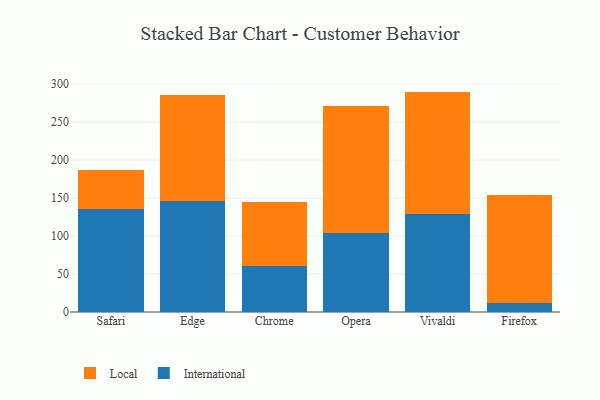
{"axis": {"x": "Browser", "y": "Population (Million)"}, "legend": ["International", "Local"], "data": [{"x": "Safari", "y": 135.2, "type": "International"}, {"x": "Safari", "y": 52.2, "type": "Local"}, {"x": "Edge", "y": 145.6, "type": "International"}, {"x": "Edge", "y": 139.6, "type": "Local"}, {"x": "Chrome", "y": 61.0, "type": "International"}, {"x": "Chrome", "y": 83.8, "type": "Local"}, {"x": "Opera", "y": 103.6, "type": "International"}, {"x": "Opera", "y": 167.4, "type": "Local"}, {"x": "Vivaldi", "y": 129.6, "type": "International"}, {"x": "Vivaldi", "y": 160.6, "type": "Local"}, {"x": "Firefox", "y": 12.0, "type": "International"}, {"x": "Firefox", "y": 142.1, "type": "Local"}]}